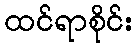
ထင်ရာစိုင်း